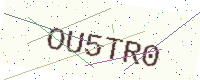
Text: OU5TR0